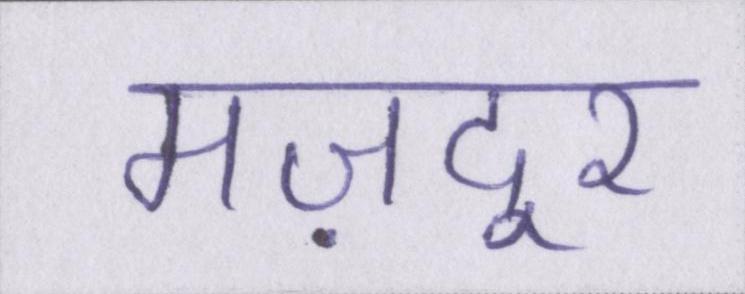
मज़दूर